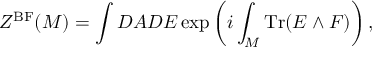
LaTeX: Z ^ { \mathrm { B F } } ( { \cal M } ) = \int { \cal D } A { \cal D } E \exp \left( i \int _ { \cal M } \mathrm { T r } ( E \wedge F ) \right) ,